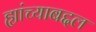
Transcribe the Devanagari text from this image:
ह्यांच्याबद्दल